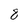
Character: 8